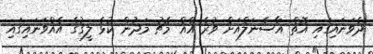
ދެވަނައިގައި އޮތް އާސެނަލްއަށް ވުރެ އެއް މެޗު މަދުން ކުޅެ ލީގުގެ އެއްވަނައިގައި